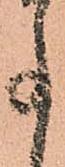
事